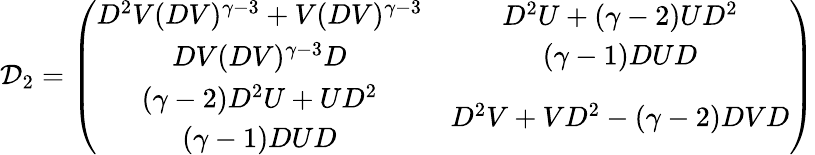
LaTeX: {\cal D}_{2}=\left(\begin{array}{cc}{{\begin{array}{c}{{D^{2}V(DV)^{\gamma-3}+V(DV)^{\gamma-3}}}\\ {{DV(DV)^{\gamma-3}D}}\end{array}}}&{{\begin{array}{c}{{D^{2}U+(\gamma-2)UD^{2}}}\\ {{(\gamma-1)DUD}}\end{array}}}\\ {{\begin{array}{c}{{(\gamma-2)D^{2}U+UD^{2}}}\\ {{(\gamma-1)DUD}}\end{array}}}&{{D^{2}V+VD^{2}-(\gamma-2)DVD}}\end{array}\right)